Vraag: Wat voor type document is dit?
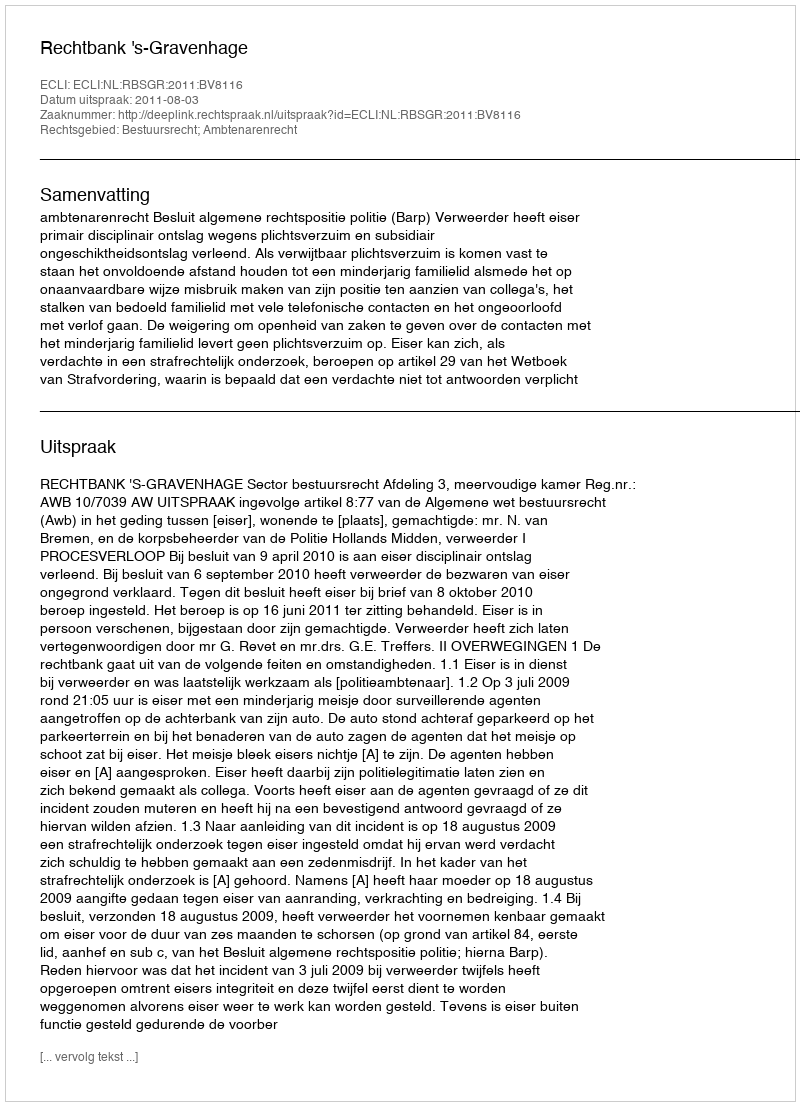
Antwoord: Uitspraak